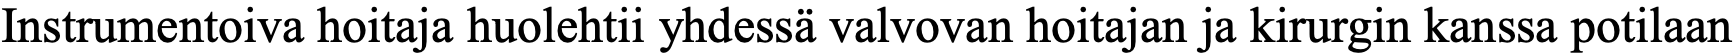
Instrumentoiva hoitaja huolehtii yhdessä valvovan hoitajan ja kirurgin kanssa potilaan